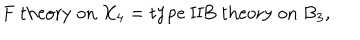
\mathrm { F ~ t h e o r y ~ o n ~ } X _ { 4 } = \mathrm { t y p e ~ I I B ~ t h e o r y ~ o n ~ } B _ { 3 } ,